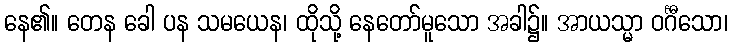
နေ၏။ တေန ခေါ ပန သမယေန၊ ထိုသို့ နေတော်မူသော အခါ၌။ အာယသ္မာ ဝင်္ဂီသော၊